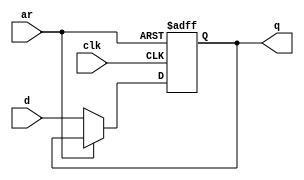
module top_module (
    input clk,
    input d, 
    input ar,   // asynchronous reset
    output reg q
);
    wire out1,out2;
    always @(posedge clk or posedge ar) begin
        if(ar == 1) begin
            q <= 0;
        end
        else if(!ar) begin
            q <= d;
        end
    end
endmodule